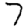
Digit: 7